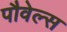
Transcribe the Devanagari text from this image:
पौवेल्स